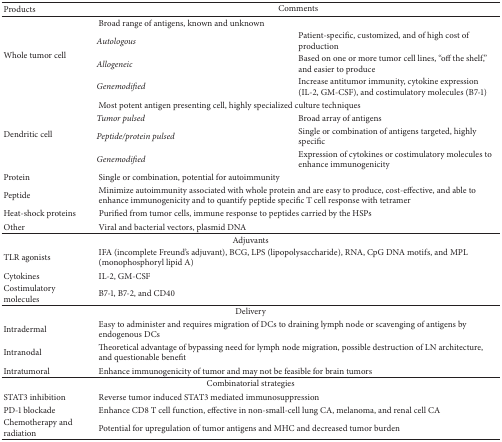
<table><thead><tr><td><b>Products</b></td><td colspan="2"><b>Comments</b></td></tr></thead><tbody><tr><td rowspan="4">Whole tumor cell</td><td colspan="2">Broad range of antigens, known and unknown</td></tr><tr><td><i>Autologous </i></td><td>Patient-specific, customized, and of high cost of production</td></tr><tr><td><i>Allogeneic </i></td><td>Based on one or more tumor cell lines, “off the shelf,” and easier to produce</td></tr><tr><td><i>Genemodified </i></td><td>Increase antitumor immunity, cytokine expression (IL-2, GM-CSF), and costimulatory molecules (B7-1)</td></tr><tr><td rowspan="4">Dendritic cell</td><td colspan="2">Most potent antigen presenting cell, highly specialized culture techniques</td></tr><tr><td><i>Tumor pulsed </i></td><td>Broad array of antigens</td></tr><tr><td><i>Peptide/protein pulsed </i></td><td>Single or combination of antigens targeted, highly specific</td></tr><tr><td><i>Genemodified </i></td><td>Expression of cytokines or costimulatory molecules to enhance immunogenicity</td></tr><tr><td>Protein</td><td colspan="2">Single or combination, potential for autoimmunity</td></tr><tr><td>Peptide</td><td colspan="2">Minimize autoimmunity associated with whole protein and are easy to produce, cost-effective, and able to enhance immunogenicity and to quantify peptide specific T cell response with tetramer</td></tr><tr><td>Heat-shock proteins</td><td colspan="2">Purified from tumor cells, immune response to peptides carried by the HSPs</td></tr><tr><td>Other</td><td colspan="2">Viral and bacterial vectors, plasmid DNA</td></tr><tr><td colspan="3">Adjuvants</td></tr><tr><td>TLR agonists</td><td colspan="2">IFA (incomplete Freund&#x27;s adjuvant), BCG, LPS (lipopolysaccharide), RNA, CpG DNA motifs, and MPL (monophosphoryl lipid A)</td></tr><tr><td>Cytokines</td><td colspan="2">IL-2, GM-CSF</td></tr><tr><td>Costimulatory molecules</td><td colspan="2">B7-1, B7-2, and CD40</td></tr><tr><td colspan="3">Delivery</td></tr><tr><td>Intradermal</td><td colspan="2">Easy to administer and requires migration of DCs to draining lymph node or scavenging of antigens by endogenous DCs</td></tr><tr><td>Intranodal</td><td colspan="2">Theoretical advantage of bypassing need for lymph node migration, possible destruction of LN architecture, and questionable benefit</td></tr><tr><td>Intratumoral</td><td colspan="2">Enhance immunogenicity of tumor and may not be feasible for brain tumors</td></tr><tr><td colspan="3">Combinatorial strategies</td></tr><tr><td>STAT3 inhibition</td><td colspan="2">Reverse tumor induced STAT3 mediated immunosuppression</td></tr><tr><td>PD-1 blockade</td><td colspan="2">Enhance CD8 T cell function, effective in non-small-cell lung CA, melanoma, and renal cell CA</td></tr><tr><td>Chemotherapy and radiation</td><td colspan="2">Potential for upregulation of tumor antigens and MHC and decreased tumor burden </td></tr></tbody></table>